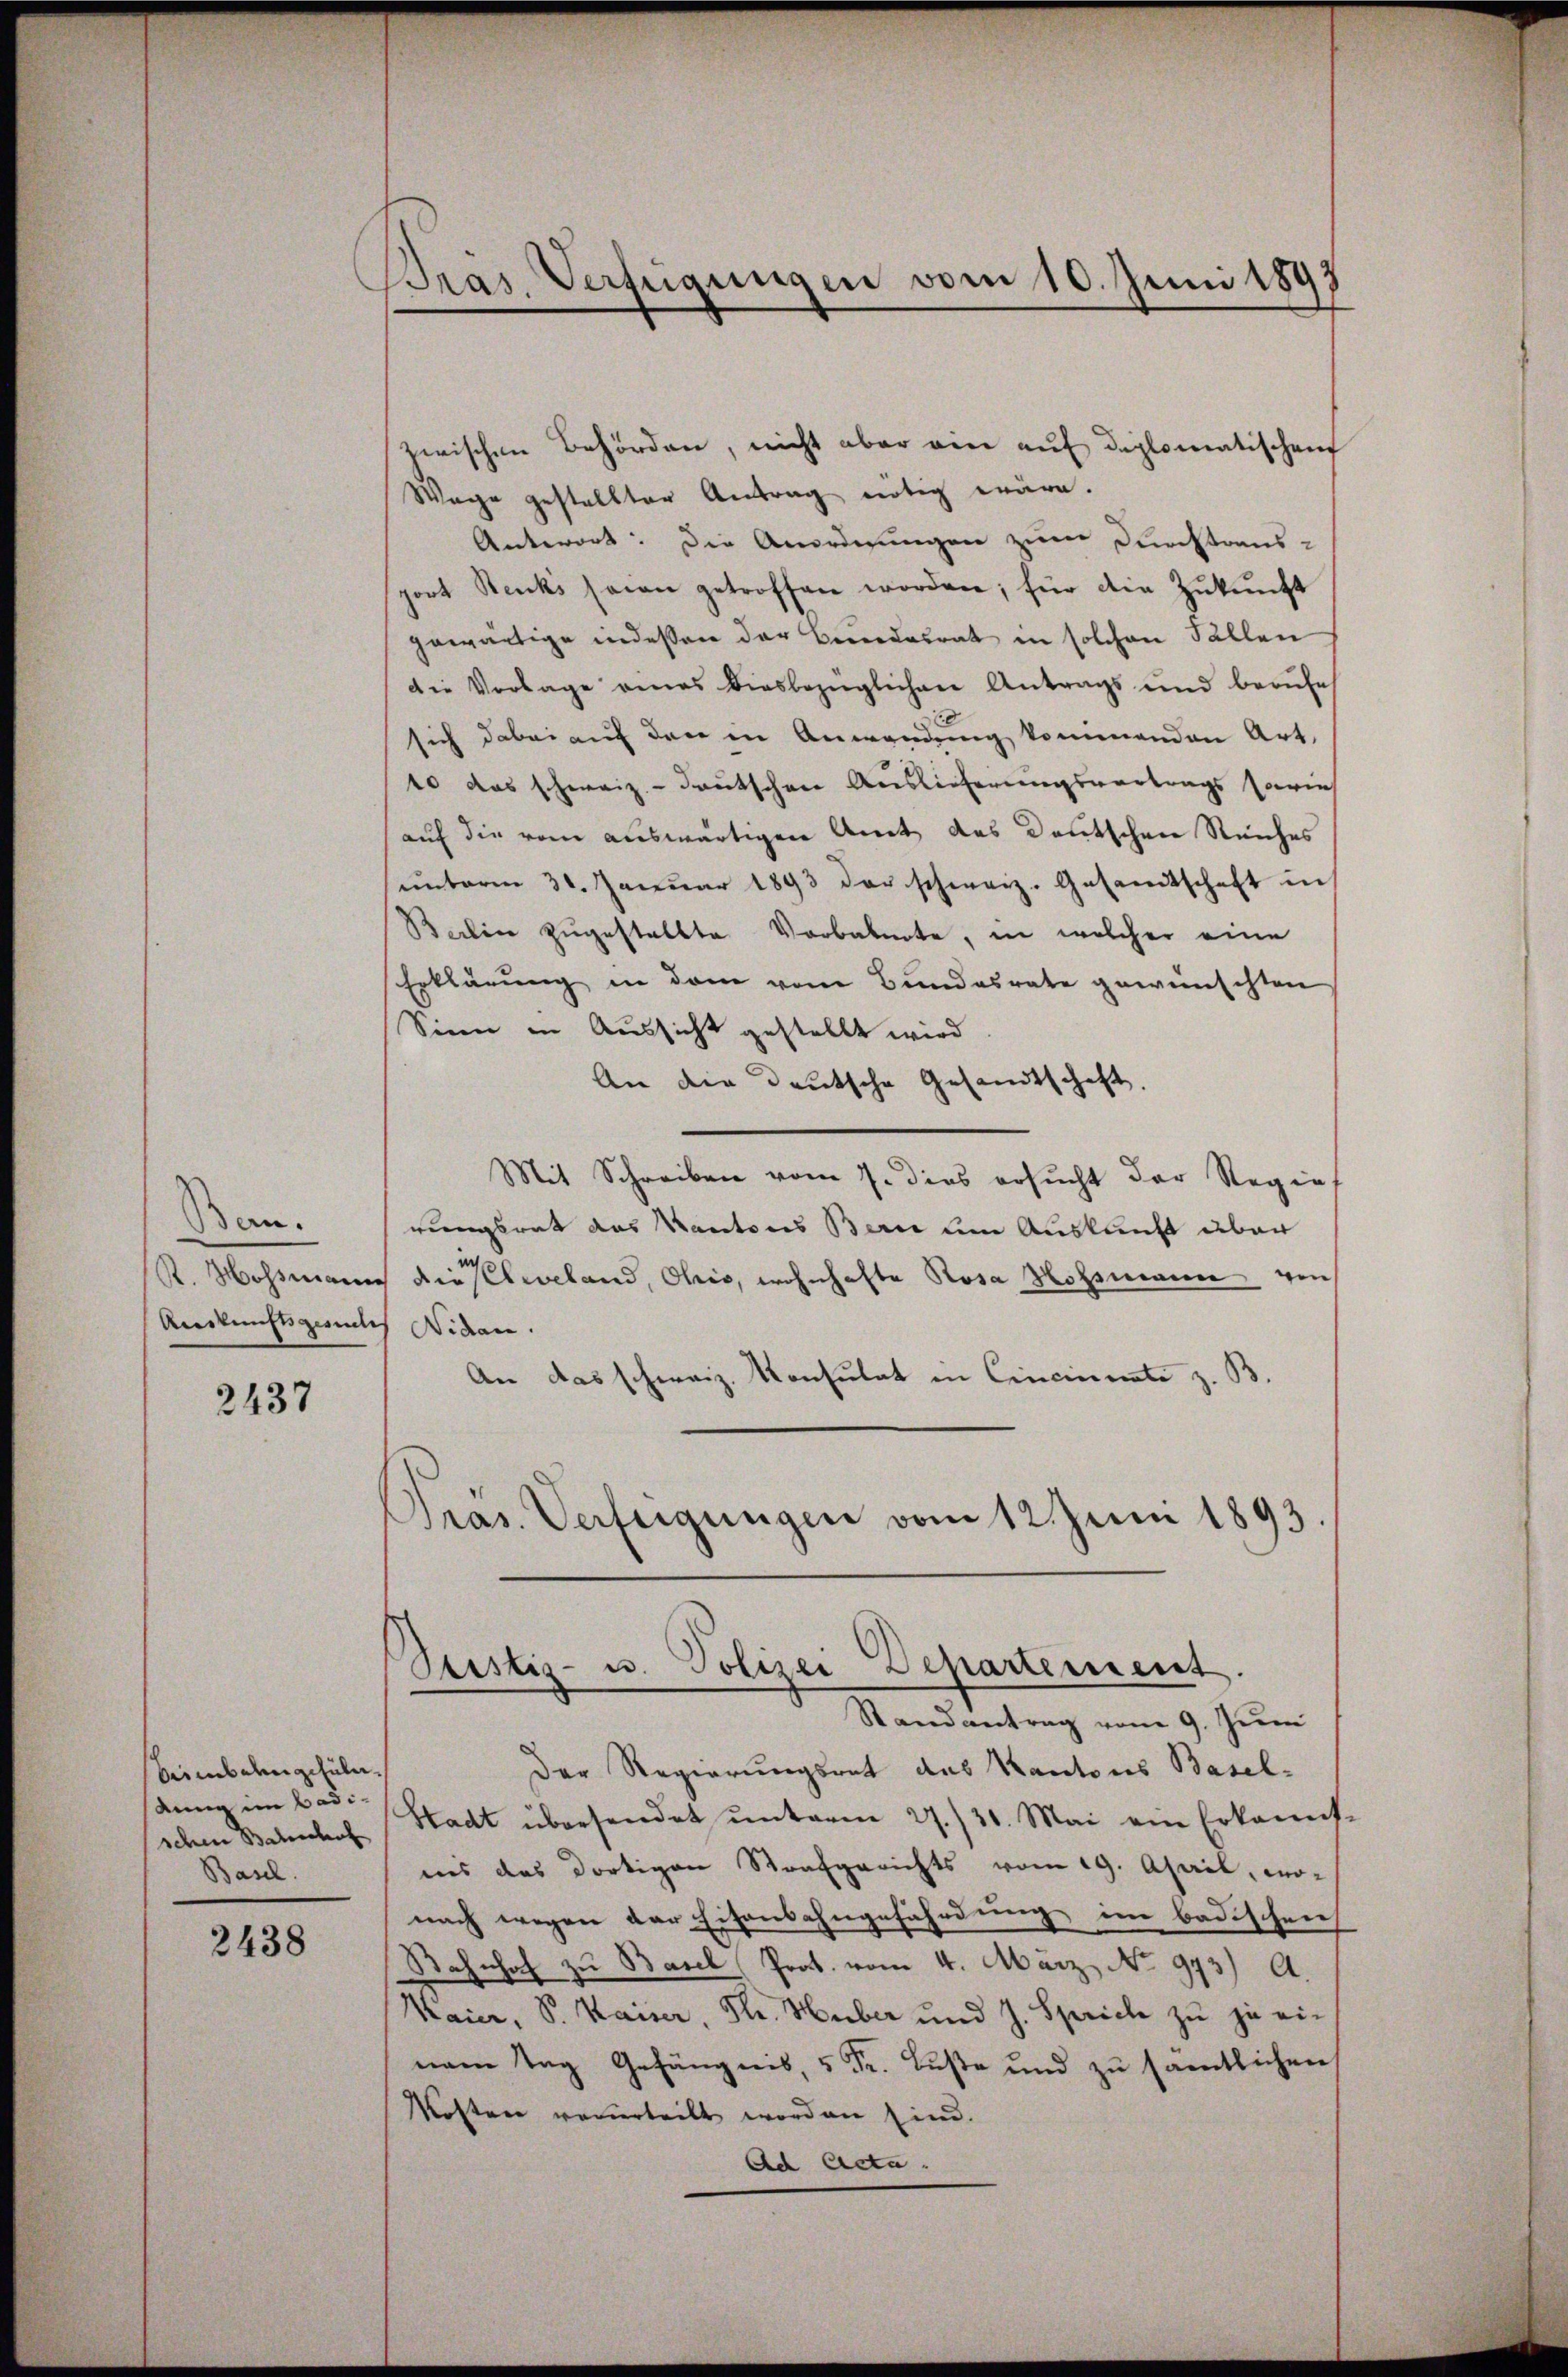
Ban.
Auskunftsgeselles Widen.

2437

Seebahngesüle
King im Badischen Balschaf
Basel.

2438

Bras. Verfügungen vom 10. Juni 1893

zwischen Behörden, nicht aber ein auf diplomatischen
Wege gestellter Antrag nötig wäre.
Antwort: Die Anordnungen zum Durchtraus-
port Stecki saran getroffen worden; für die Zŭkŭnft
gewärtige indessen der Beredesrat in solchen Fallen
die Vorlage eines diesbezüglichen Antrags und berŭfe
sich dabei auf den in Anwendung kommenden Art,
10 das schweiz.- deutschen Auslieferungsvortrags sprich
(auf die vom auswärtigen Amt des Deutschen Reiches
ŭnterm 31. Janŭar 1893 der schweiz. Gesamtschaft in
Barlin zugestellte Vorbaknote, in welcher eine
Erklärung in dem vom Bundesrate gewünschten
Sinn in Aussicht gestellt wird
An die deutsche Gesandtschaft,
Mit Schreiben vom 7. dies ersucht der Regie
rungsrat das Kantons Bern um Auskunft über
K. Mossmann die selweland, Ohio, wohnhafte Rosa Hossmann von
An das schweiz. Konsulat in Cincinerate z. B.
Präs. Verfeigungen vom 12. Juni 1893.
Ptistiz- u. Polizei Departement.
Randantrag vom 9. Juni
Der Regierungsrat des Kantons Basel-
Stadt übersendet ŭnterm 27./30. Mai ein Erkannt-
ins das dortigen Strafgerichts vom 19. April, wo-
nach wegen der Eisenbahngefährdung im badischen
Bahnhof zu Basel Prot. vom 4. März No. 973) A.
Kaier, S. Kaiser, Th. Huber und J. Sprich zu zu einem Tag Gefängnis, 5 Fr. Buße und zu sämtlichen
Kosten venerteilt worden sind.
Ad Acta.